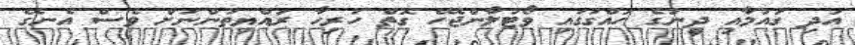
އަދި ގައުމާއި ދީނުގެ ހައްގުގައި ވޯޓުލާންޖެހޭ ގޮތް ހުރިހާ ރައްޔިތުންނަށް ވެސް އެނގޭ